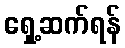
ရှေ့ဆက်ရန်